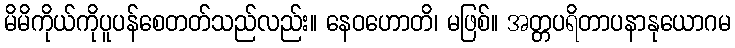
မိမိကိုယ်ကိုပူပန်စေတတ်သည်လည်း။ နေဝဟောတိ၊ မဖြစ်။ အတ္တပရိတာပနာနုယောဂမ